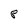
Character: P